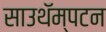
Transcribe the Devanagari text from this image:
साउथॅम्पटन